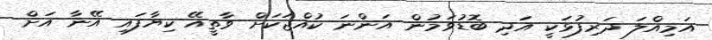
އަމިއްލަ ދަރިފުޅަކީ އަދި ބޮޑުވަމުން އަންނަ ކުއްޖަކަށް ވާތީއޭ ކިޔާފައި އޭނާ އަށް